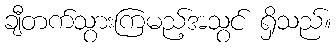
ချီတက်သွားကြမည့်အသွင် ရှိသည်။